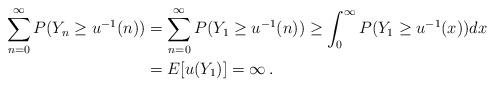
LaTeX: \begin{align*} \sum_{n=0}^\infty P(Y_n\geq u^{-1}(n))&=\sum_{n=0}^\infty P(Y_1\geq u^{-1}(n))\geq\int_0^\infty P(Y_1\geq u^{-1}(x))dx\\&=E[u(Y_1)]=\infty\,.\end{align*}